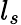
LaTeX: l_{s}